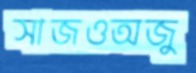
সাজওঅজু